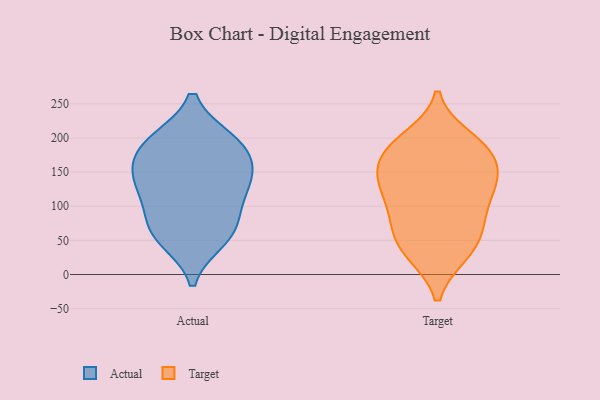
{"axis": {"x": "Production Output", "y": "Value"}, "legend": ["Actual", "Target"], "data": [{"x": "", "y": 167, "type": "Actual"}, {"x": "", "y": 68, "type": "Actual"}, {"x": "", "y": 197, "type": "Actual"}, {"x": "", "y": 148, "type": "Actual"}, {"x": "", "y": 132, "type": "Actual"}, {"x": "", "y": 122, "type": "Actual"}, {"x": "", "y": 56, "type": "Actual"}, {"x": "", "y": 194, "type": "Actual"}, {"x": "", "y": 117, "type": "Actual"}, {"x": "", "y": 161, "type": "Actual"}, {"x": "", "y": 51, "type": "Actual"}, {"x": "", "y": 197, "type": "Actual"}, {"x": "", "y": 80, "type": "Actual"}, {"x": "", "y": 136, "type": "Target"}, {"x": "", "y": 199, "type": "Target"}, {"x": "", "y": 73, "type": "Target"}, {"x": "", "y": 35, "type": "Target"}, {"x": "", "y": 124, "type": "Target"}, {"x": "", "y": 173, "type": "Target"}, {"x": "", "y": 185, "type": "Target"}, {"x": "", "y": 146, "type": "Target"}, {"x": "", "y": 31, "type": "Target"}, {"x": "", "y": 75, "type": "Target"}, {"x": "", "y": 188, "type": "Target"}, {"x": "", "y": 102, "type": "Target"}, {"x": "", "y": 131, "type": "Target"}, {"x": "", "y": 33, "type": "Target"}, {"x": "", "y": 181, "type": "Target"}, {"x": "", "y": 141, "type": "Target"}, {"x": "", "y": 73, "type": "Target"}]}